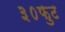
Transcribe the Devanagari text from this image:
३०फुट